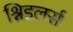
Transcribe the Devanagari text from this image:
श्निडलर्स